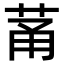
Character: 𫈏